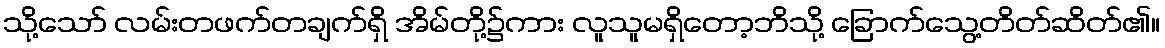
သို့သော် လမ်းတဖက်တချက်ရှိ အိမ်တို့၌ကား လူသူမရှိတော့ဘိသို့ ခြောက်သွေ့တိတ်ဆိတ်၏။